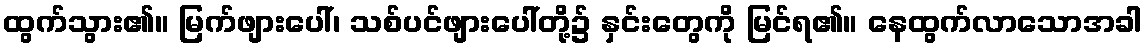
ထွက်သွား၏။ မြက်ဖျားပေါ်၊ သစ်ပင်ဖျားပေါ်တို့၌ နှင်းတွေကို မြင်ရ၏။ နေထွက်လာသောအခါ